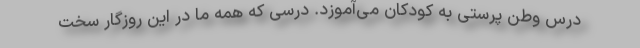
درس وطن پرستی به کودکان می‌آموزد. درسی که همه ما در این روزگار سخت